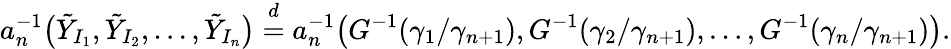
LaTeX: a_{n}^{-1}\bigl(\tilde{Y}_{I_{1}},\tilde{Y}_{I_{2}},\ldots,\tilde{Y}_{I_{n}}\bigr)\stackrel{d}{=}a_{n}^{-1}\bigl(G^{-1}(\gamma_{1}/\gamma_{n+1}),G^{-1}(\gamma_{2}/\gamma_{n+1}),\ldots,G^{-1}(\gamma_{n}/\gamma_{n+1})\bigr).